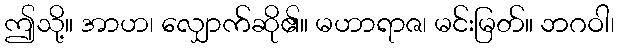
ဤသို့။ အာဟ၊ လျှောက်ဆို၏။ မဟာရာဇ၊ မင်းမြတ်။ ဘဂဝါ၊